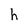
Character: h